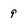
Character: 9